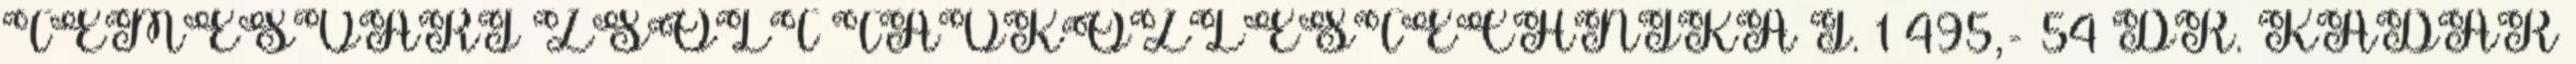
TEMESVÁRI ZSOLT TÁVKÖZLÉSTECHNIKA I. 1 495,- 54 DR. KÁDÁR